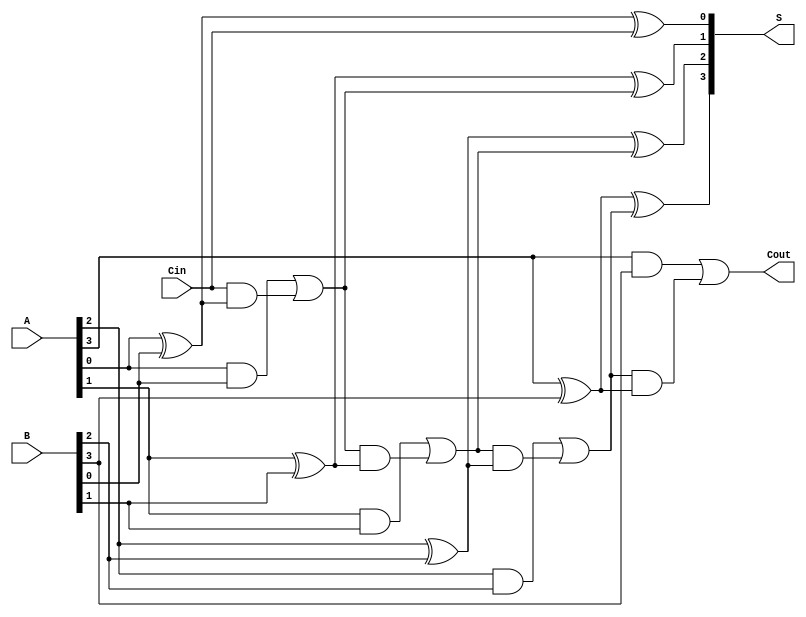
module ParallelFullAdder #(parameter n = 4) (
    input  [n-1:0] A,  // First n-bit number
    input  [n-1:0] B,  // Second n-bit number
    input          Cin, // Carry-in for LSB
    output [n-1:0] S,   // Sum output
    output         Cout  // Carry-out output
);
    wire [n:0] carry; // Carry wires for each bit (n+1 to handle Cout)

    // Assign initial carry-in to the first carry wire
    assign carry[0] = Cin;

    // Generate sum and carry for each bit
    genvar i;
    generate
        for (i = 0; i < n; i = i + 1) begin : full_adder
            assign S[i] = A[i] ^ B[i] ^ carry[i]; // Sum calculation
            assign carry[i + 1] = (A[i] & B[i]) | (carry[i] & (A[i] ^ B[i])); // Carry calculation
        end
    endgenerate

    // Final carry-out
    assign Cout = carry[n];

endmodule